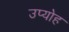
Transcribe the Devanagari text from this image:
उप्योह